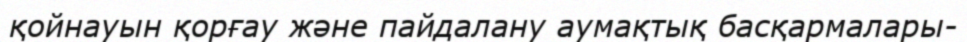
қойнауын қорғау және пайдалану аумақтық басқармалары-